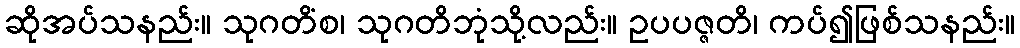
ဆိုအပ်သနည်း။ သုဂတိံစ၊ သုဂတိဘုံသို့လည်း။ ဥပပဇ္ဇတိ၊ ကပ်၍ဖြစ်သနည်း။